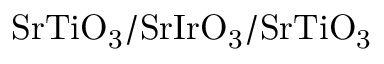
\mathrm { S r T i O _ { 3 } / S r I r O _ { 3 } / S r T i O _ { 3 } }